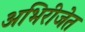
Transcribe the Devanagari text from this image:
अभिरीजेत